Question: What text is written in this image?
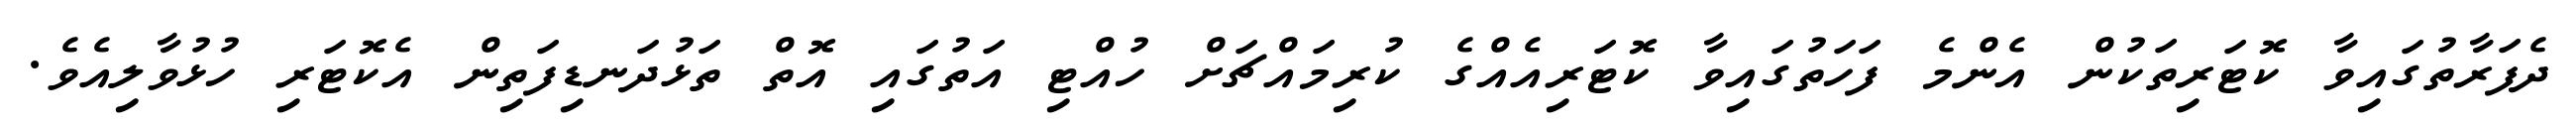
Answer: ދެފަރާތުގައިވާ ކޮޓަރިތަކުން އެންމެ ފަހަތުގައިވާ ކޮޓަރިއެއްގެ ކުރިމައްޗަށް ހުއްޓި އަތުގައި އޮތް ތަޅުދަނޑިފަތިން އެކޮޓަރި ހުޅުވާލިއެވެ.